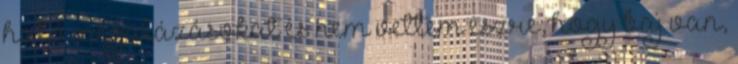
ható megalázásokat és nem vettem észre, hogy baj van,